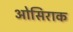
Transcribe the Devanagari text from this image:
ओसिराक